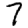
Digit: 7